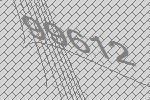
99612